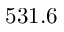
5 3 1 . 6